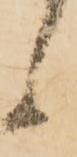
候